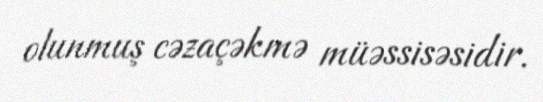
olunmuş cəzaçəkmə müəssisəsidir.